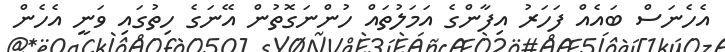
އެހެނަސް ބައެއް ފަހަރު އިފާންގެ އަމަލުތައް ހުންނަގޮތުން އޭނަގެ ހިތުގައި ވަނީ އެހެން